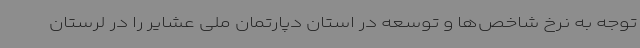
توجه به نرخ شاخص‌ها و توسعه در استان دپارتمان ملی عشایر را در لرستان